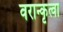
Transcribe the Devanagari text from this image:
वरान्कृत्वा